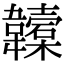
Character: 𩏮